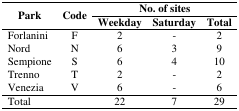
<table><thead><tr><td rowspan="2"><b>Park</b></td><td rowspan="2"><b>Code</b></td><td colspan="3"><b>No. of sites</b></td></tr><tr><td><b>Weekday</b></td><td><b>Saturday</b></td><td><b>Total</b></td></tr></thead><tbody><tr><td>Forlanini</td><td>F</td><td>2</td><td>-</td><td>2</td></tr><tr><td>Nord</td><td>N</td><td>6</td><td>3</td><td>9</td></tr><tr><td>Sempione</td><td>S</td><td>6</td><td>4</td><td>10</td></tr><tr><td>Trenno</td><td>T</td><td>2</td><td>-</td><td>2</td></tr><tr><td>Venezia</td><td>V</td><td>6</td><td>-</td><td>6</td></tr><tr><td colspan="2">Total</td><td>22</td><td>7</td><td>29</td></tr></tbody></table>